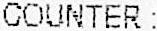
COUNTER :